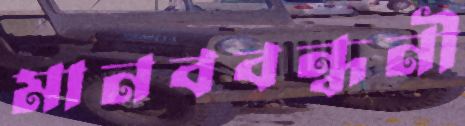
মানববন্ধনী